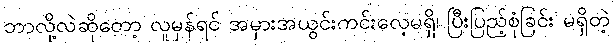
ဘာလို့လဲဆိုတော့ လူမှန်ရင် အမှားအယွင်းကင်းလေ့မရှိ၊ ပြီးပြည့်စုံခြင်း မရှိတဲ့